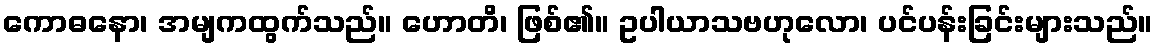
ကောဓနော၊ အမျကထွက်သည်။ ဟောတိ၊ ဖြစ်၏။ ဥပါယာသဗဟုလော၊ ပင်ပန်းခြင်းများသည်။